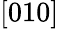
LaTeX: \left[010\right]